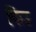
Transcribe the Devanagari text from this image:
फिउ